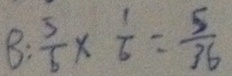
B : \frac { 5 } { 6 } \times \frac { 1 } { 6 } = \frac { 5 } { 3 6 }